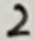
Text: 2